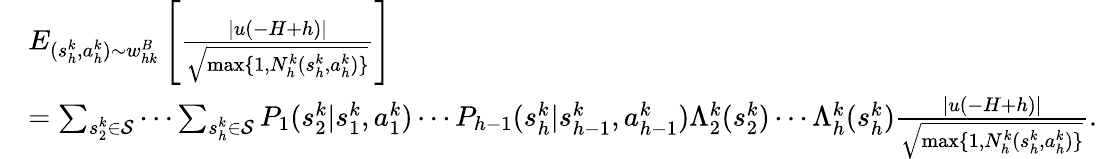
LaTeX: \begin{array}{rl}&{E_{(s_{h}^{k},a_{h}^{k})\sim w_{hk}^{B}}\left[\frac{\vert u(-H+h)\vert}{\sqrt{\operatorname*{max}\{ 1,N_{h}^{k}(s_{h}^{k},a_{h}^{k})\} }}\right]}\\ &{=\sum_{s_{2}^{k}\in\mathcal{S}}\cdots\sum_{s_{h}^{k}\in\mathcal{S}}P_{1}(s_{2}^{k}\vert s_{1}^{k},a_{1}^{k})\cdots P_{h-1}(s_{h}^{k}\vert s_{h-1}^{k},a_{h-1}^{k})\Lambda_{2}^{k}(s_{2}^{k})\cdots\Lambda_{h}^{k}(s_{h}^{k})\frac{\vert u(-H+h)\vert}{\sqrt{\operatorname*{max}\{ 1,N_{h}^{k}(s_{h}^{k},a_{h}^{k})\} }}.}\end{array}